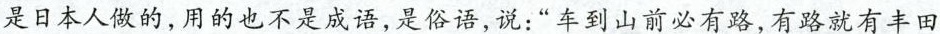
是日本人做的，用的也不是成语，是俗语，说：”车到山前必有路，有路就有丰田